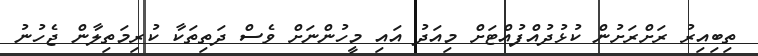
ތިބިއިރު ރަށްރަށުން ކުޅުދުއްފުއްޓަށް މިއަދު އައި މީހުންނަށް ވެސް ދަތިތަކާ ކުރިމަތިލާން ޖެހުނު